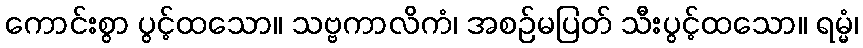
ကောင်းစွာ ပွင့်ထသော။ သဗ္ဗကာလိကံ၊ အစဉ်မပြတ် သီးပွင့်ထသော။ ရမ္မံ၊